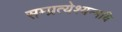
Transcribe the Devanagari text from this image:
सम्प्रत्येश्यन्मयि